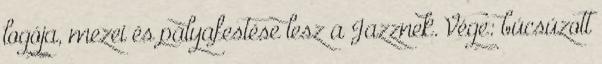
logója, mezei és pályafestése lesz a Jazznek. Vége: búcsúzott